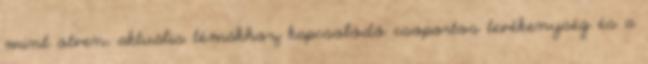
mint ötven, aktuális témákhoz kapcsolódó csoportos tevékenység és a